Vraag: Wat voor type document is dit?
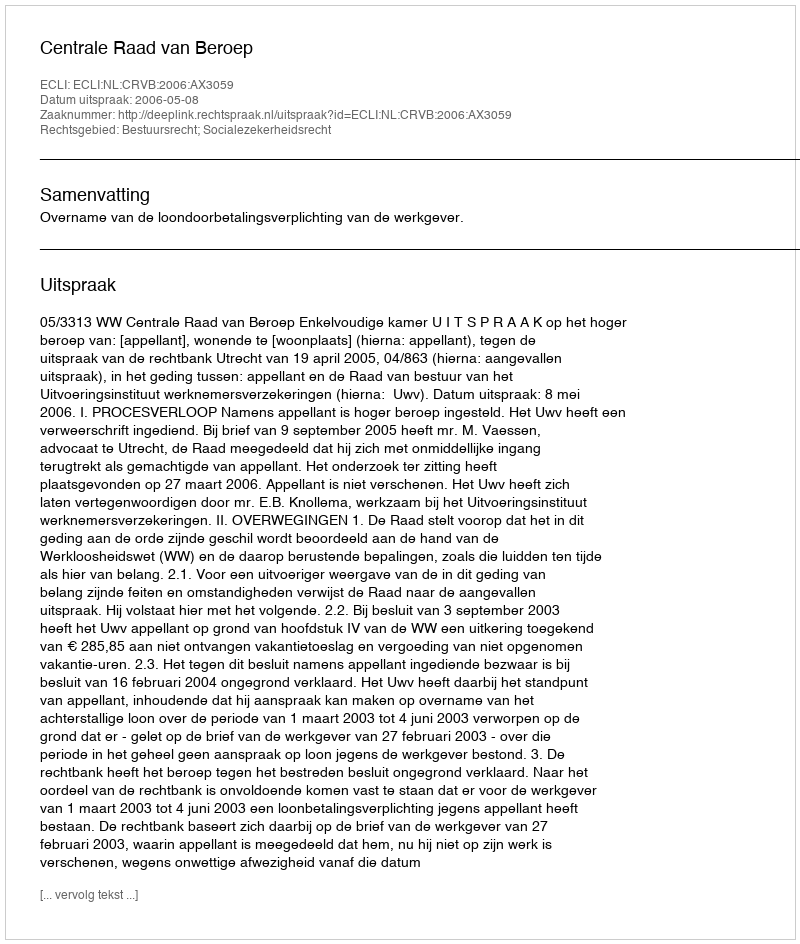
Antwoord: Uitspraak